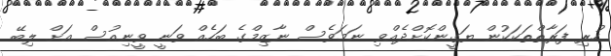
ހުރި ފަރާތްތަކަކުން ޔަގީންކޮށްދެއްވި ނަމަވެސް ނާޒިމްގެ ބަހެއް ވަނީ ވީނިއުސް އަށް ލިބޭ